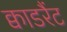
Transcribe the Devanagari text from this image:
क्वाडरैंट